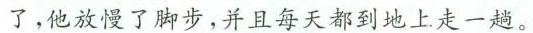
了，他放慢了脚步，并且每天都到地上走一趟。